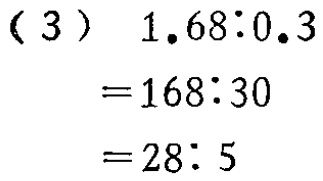
\[

\begin{align*}

&(3)\quad1.68:0.3\\

=&168:30\\

=&28:5

\end{align*}

\]